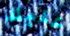
عليك